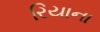
રિયાના